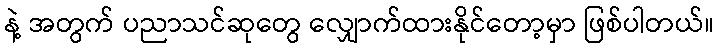
နဲ့ အတွက် ပညာသင်ဆုတွေ လျှောက်ထားနိုင်တော့မှာ ဖြစ်ပါတယ်။